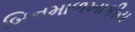
બિનમાળખાકીય